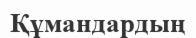
Құмандардың